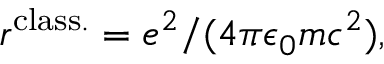
r ^ { \mathrm { c l a s s . } } = e ^ { 2 } / ( 4 \pi \epsilon _ { 0 } m c ^ { 2 } ) ,